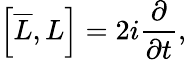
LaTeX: \left[{\overline{{L}}},L\right]=2i{\frac{\partial}{\partial t}},